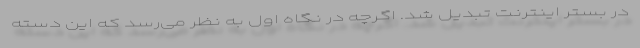
در بستر اینترنت تبدیل شد. اگرچه در نگاه اول به نظر می‌رسد که این دسته